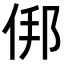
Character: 𬾏